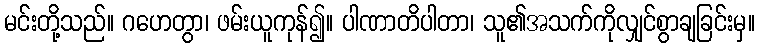
မင်းတို့သည်။ ဂဟေတွာ၊ ဖမ်းယူကုန်၍။ ပါဏာတိပါတာ၊ သူ၏အသက်ကိုလျှင်စွာချခြင်းမှ။